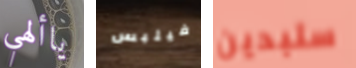
ياألهي فيلبس ستبدين